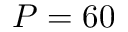
P = 6 0